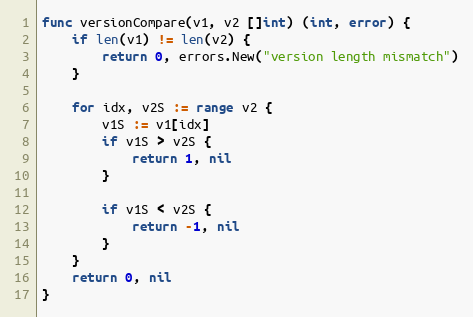
Language: Go
func versionCompare(v1, v2 []int) (int, error) {
	if len(v1) != len(v2) {
		return 0, errors.New("version length mismatch")
	}

	for idx, v2S := range v2 {
		v1S := v1[idx]
		if v1S > v2S {
			return 1, nil
		}

		if v1S < v2S {
			return -1, nil
		}
	}
	return 0, nil
}